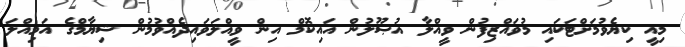
މިއީ ކިޔެވުމަށްޓަކައި މުވައްޒިފުން ވީއްލާ އުޞޫލުން އައިކޮމް އިން ވީއްލަވައިދެއްވުމުން ޝިޔާމްގެ އަމިއްލަ